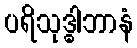
ပရိသုဒ္ဓါဘာနံ